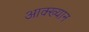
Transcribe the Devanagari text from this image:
आक्ख्यान